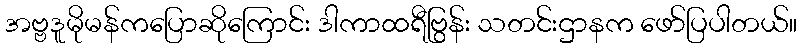
အဗ္ဗဒူမိုမန်ကပြောဆိုကြောင်း ဒါကာထရီဗြွန်း သတင်းဌာနက ဖော်ပြပါတယ်။